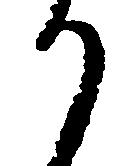
か